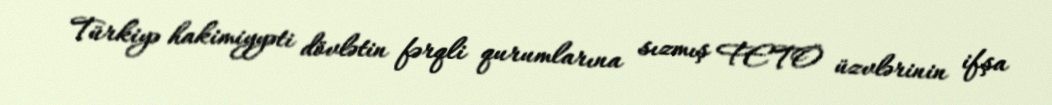
Türkiyə hakimiyyəti dövlətin fərqli qurumlarına sızmış FETÖ üzvlərinin ifşa